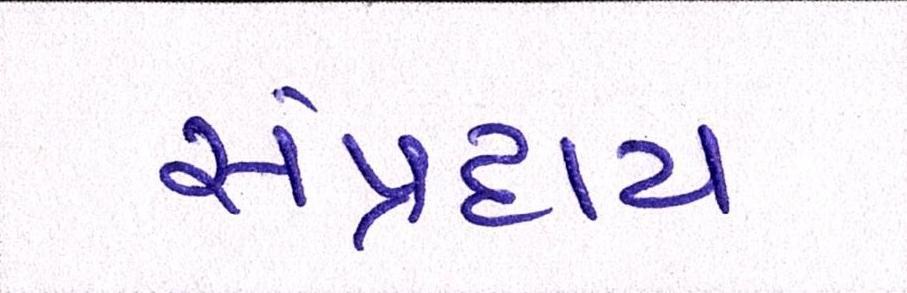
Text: સંપ્રદાય